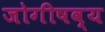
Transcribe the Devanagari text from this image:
जोगीषव्य